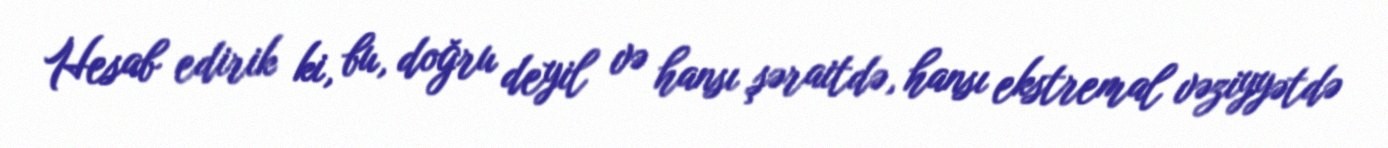
Hesab edirik ki, bu, doğru deyil və hansı şəraitdə, hansı ekstremal vəziyyətdə